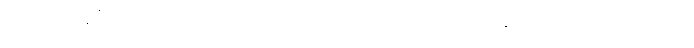
အမှတ်ရနေပြီး မကောင်း တဲ့စိတ်ခံစားချက်တွေ ခဏခဏဖြစ်ပေါ်နေတယ်လို့ အဖမ်းခံရတဲ့